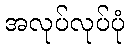
အလုပ်လုပ်ပုံ